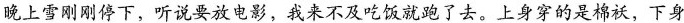
晚上雪刚刚停下，听说要放电影，我来不及吃饭就跑了去。上身穿的是棉袄，下身